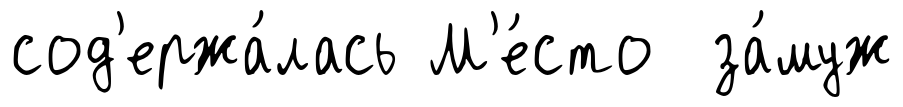
сод'ержа́лась М'е́сто за́муж